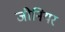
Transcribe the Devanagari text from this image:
जीनियर